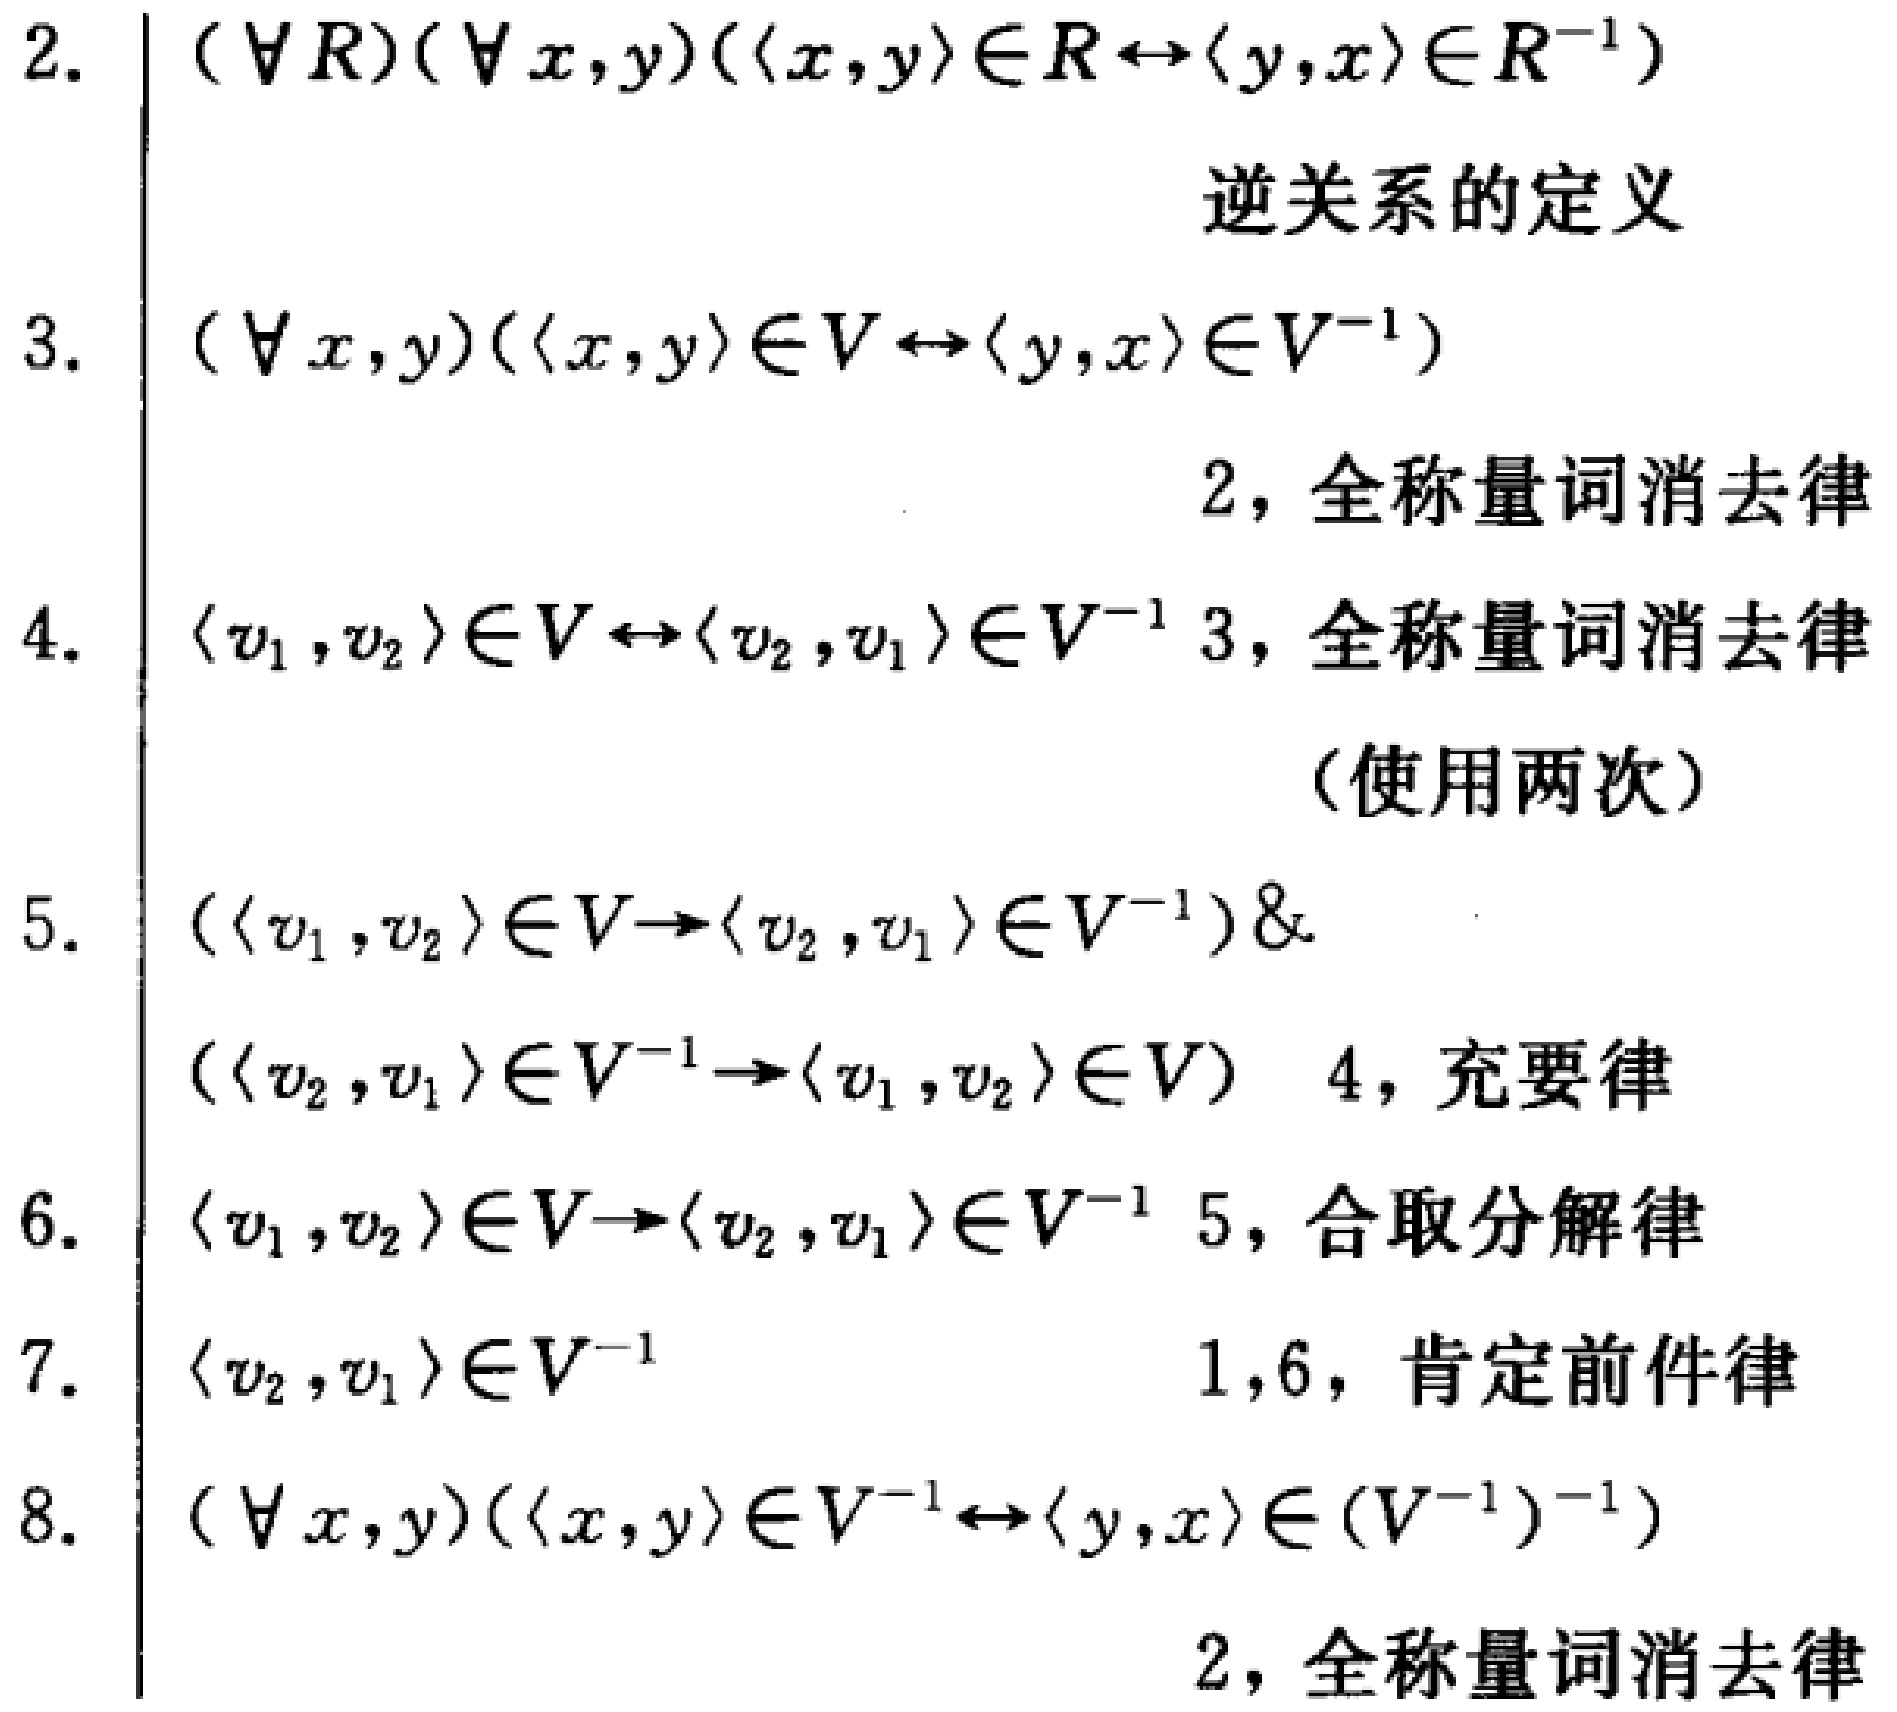
\begin{enumerate}
\item $(\forall R)(\forall x,y)(\langle x,y\rangle\in R\leftrightarrow\langle y,x\rangle\in R^{-1})$ 逆关系的定义
\item $(\forall x,y)(\langle x,y\rangle\in V\leftrightarrow\langle y,x\rangle\in V^{-1})$ 2，全称量词消去律
\item $\langle v_1,v_2\rangle\in V\leftrightarrow\langle v_2,v_1\rangle\in V^{-1}$ 3，全称量词消去律（使用两次）
\item $(\langle v_1,v_2\rangle\in V\rightarrow\langle v_2,v_1\rangle\in V^{-1})\& (\langle v_2,v_1\rangle\in V^{-1}\rightarrow\langle v_1,v_2\rangle\in V)$ 4，充要律
\item $\langle v_1,v_2\rangle\in V\rightarrow\langle v_2,v_1\rangle\in V^{-1}$ 5，合取分解律
\item $\langle v_2,v_1\rangle\in V^{-1}$ 1,6，肯定前件律
\item $(\forall x,y)(\langle x,y\rangle\in V^{-1}\leftrightarrow\langle y,x\rangle\in (V^{-1})^{-1})$ 2，全称量词消去律
\end{enumerate}